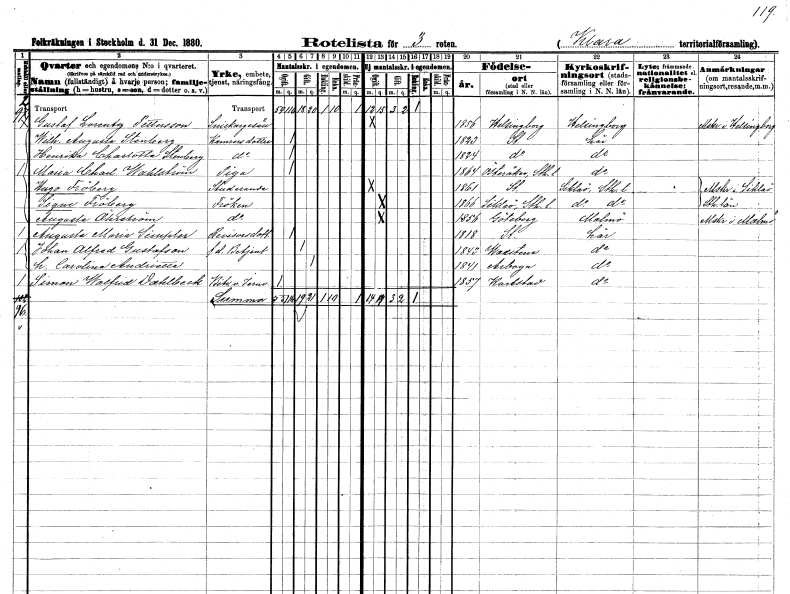
gt_parse: households: individuals: FN: Gustaf Lorentz
EN: Pettersson
YRKE: Snickaregesäll
KON: M
CIV: O
FODAR: 1856
FODFORS: Helsingborg Malmöhus län
FN: Wilhelmina Augusta
EN: Stenberg
YRKE: Kamrerardotter
KON: K
CIV: O
FODAR: 1823
FODFORS: Stockholm
FN: Henrika Charlotta
EN: Stenberg
YRKE: Kamrerardotter
KON: K
CIV: O
FODAR: 1824
FODFORS: Stockholm
FN: Maria Charlotta
EN: Wahlström
YRKE: Piga
KON: K
CIV: O
FODAR: 1864
FODFORS: Österåker Stockholms län
FN: Hugo
EN: Fröberg
YRKE: Studerande
KON: M
CIV: O
FODAR: 1861
FODFORS: Stockholm
FN: Signe
EN: Fröberg
KON: K
CIV: O
FODAR: 1866
FODFORS: Sicklaö Stockholms län
FN: Augusta
EN: Öhrström
KON: K
CIV: O
FODAR: 1856
FODFORS: Göteborg Göteborgs- och Bohuslän
FN: Augusta Maria
EN: Simpler
YRKE: Revisorsdotter
KON: K
CIV: O
FODAR: 1818
FODFORS: Stockholm
FN: Johan Alfred
EN: Gustafson
YRKE: Betjänt f.d.
KON: M
CIV: G
FODAR: 1843
FODFORS: Vadstena Östergötlands län
FN: Carolina Andrietta
KON: K
CIV: G
FODAR: 1841
FODFORS: Arboga Västmanlands län
FN: Simon Walfrid
EN: Dahlbeck
YRKE: Järnvägsbiträde
KON: M
CIV: O
FODAR: 1857
FODFORS: Karlstad Värmlands län